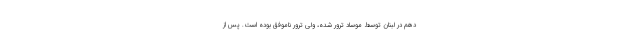
دهم در لبنان توسط موساد ترور شده، ولی ترور ناموفق بوده است. پس از